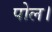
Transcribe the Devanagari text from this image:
पोल।